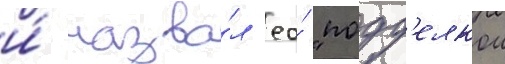
и́ назва́л ео́ "подд'елкои